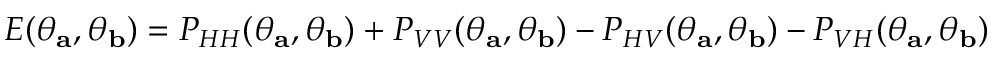
E ( \theta _ { \mathbf { a } } , \theta _ { \mathbf { b } } ) = P _ { H H } ( \theta _ { \mathbf { a } } , \theta _ { \mathbf { b } } ) + P _ { V V } ( \theta _ { \mathbf { a } } , \theta _ { \mathbf { b } } ) - P _ { H V } ( \theta _ { \mathbf { a } } , \theta _ { \mathbf { b } } ) - P _ { V H } ( \theta _ { \mathbf { a } } , \theta _ { \mathbf { b } } )